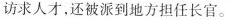
访求人才，还被派到地方担任长官。